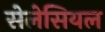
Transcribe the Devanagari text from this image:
सेलेसियल